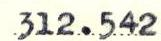
312.542